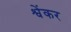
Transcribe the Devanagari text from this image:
श्वेंकर